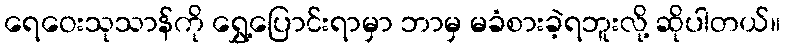
ရေဝေးသုသာန်ကို ရွှေ့ပြောင်းရာမှာ ဘာမှ မခံစားခဲ့ရဘူးလို့ ဆိုပါတယ်။